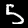
Label: 5